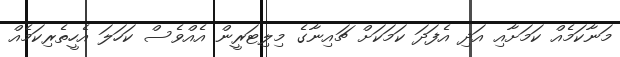
މަނާކަމެއް ކަމަށާއި އަދި އެފަދަ ކަމަކަށް ޗައިނާގެ މިލިޓަރީން އެއްވެސް ކަހަލަ އެހީތެރިކަމެއް